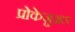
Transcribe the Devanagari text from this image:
प्रोकेज़ुअल